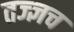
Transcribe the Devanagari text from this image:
तज्ज्ञच